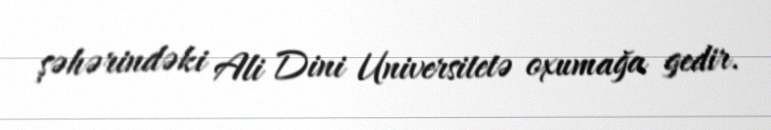
şəhərindəki Ali Dini Universitetə oxumağa gedir.